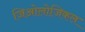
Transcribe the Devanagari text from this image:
जिओलोजिकल